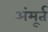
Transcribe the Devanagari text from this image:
अंमूर्त